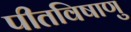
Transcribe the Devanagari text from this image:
पीतविषाणु